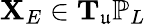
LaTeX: \mathbf{X}_{E}\in\mathbf{T}_{\mathfrak{u}}\mathbb{P}_{L}